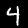
Digit: 4